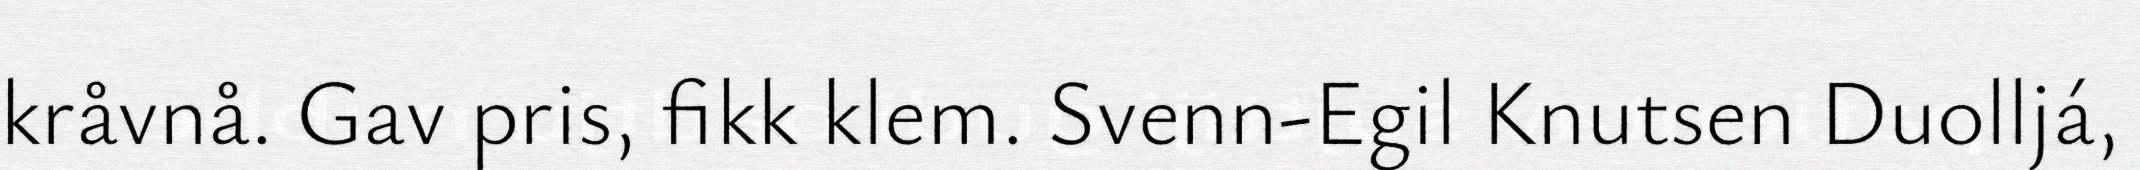
kråvnå. Gav pris, fikk klem. Svenn-Egil Knutsen Duolljá,